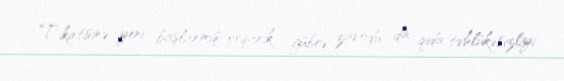
Tikintisinə yeni başlanmış orqanik gübrə zavodu da qida təhlükəsizliyi